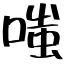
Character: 嗤